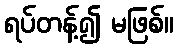
ရပ်တန့်၍ မဖြစ်။